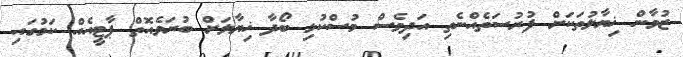
ޒުވާން ޚިޔާލުތަކަށް ފުރުސަތެއްނެތި އަދިވެސް މުސްކުޅި ބޯދާ ޚިޔާލަށް ބުރަވެއޮތް ޕާޓީއެއް ކަމުގައި